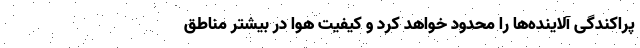
پراکندگی آلاینده‌ها را محدود خواهد کرد و کیفیت هوا در بیشتر مناطق